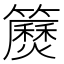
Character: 𥷅